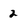
Character: 2